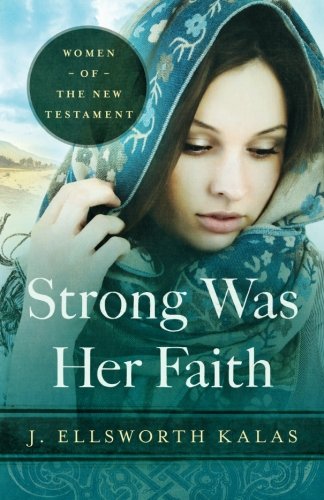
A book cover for Strong Was Her Faith: Women of the New Testament; J. Ellsworth Kalas; Christian Books & Bibles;